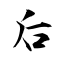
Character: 后